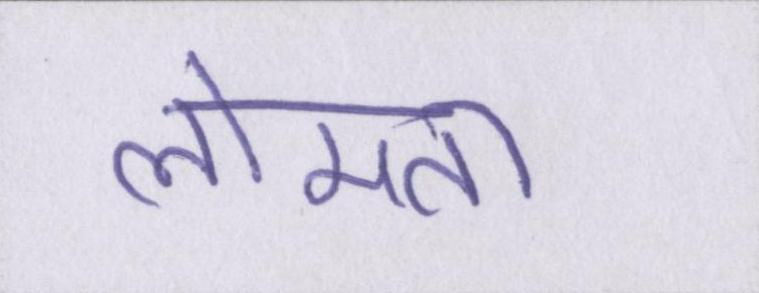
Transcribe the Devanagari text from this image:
लोमता